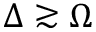
\Delta \gtrsim \Omega